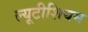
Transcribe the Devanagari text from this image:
ल्यूटीशियम